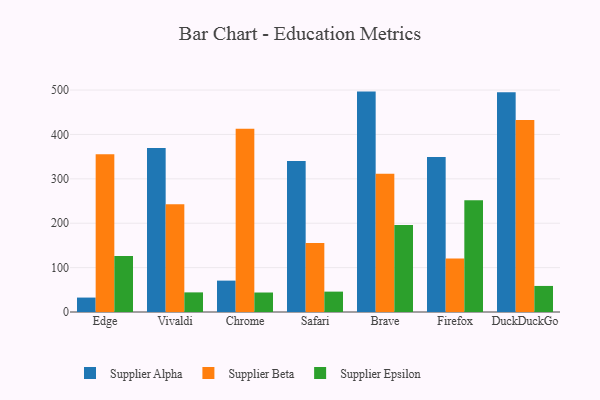
{"axis": {"x": "Browser", "y": "Production Output"}, "legend": ["Supplier Alpha", "Supplier Beta", "Supplier Epsilon"], "data": [{"x": "Edge", "y": 32.5, "type": "Supplier Alpha"}, {"x": "Edge", "y": 355.3, "type": "Supplier Beta"}, {"x": "Edge", "y": 125.9, "type": "Supplier Epsilon"}, {"x": "Vivaldi", "y": 369.3, "type": "Supplier Alpha"}, {"x": "Vivaldi", "y": 242.6, "type": "Supplier Beta"}, {"x": "Vivaldi", "y": 44.2, "type": "Supplier Epsilon"}, {"x": "Chrome", "y": 70.7, "type": "Supplier Alpha"}, {"x": "Chrome", "y": 412.9, "type": "Supplier Beta"}, {"x": "Chrome", "y": 43.9, "type": "Supplier Epsilon"}, {"x": "Safari", "y": 340.2, "type": "Supplier Alpha"}, {"x": "Safari", "y": 155.2, "type": "Supplier Beta"}, {"x": "Safari", "y": 45.9, "type": "Supplier Epsilon"}, {"x": "Brave", "y": 496.5, "type": "Supplier Alpha"}, {"x": "Brave", "y": 311.6, "type": "Supplier Beta"}, {"x": "Brave", "y": 196.0, "type": "Supplier Epsilon"}, {"x": "Firefox", "y": 349.3, "type": "Supplier Alpha"}, {"x": "Firefox", "y": 120.8, "type": "Supplier Beta"}, {"x": "Firefox", "y": 251.6, "type": "Supplier Epsilon"}, {"x": "DuckDuckGo", "y": 495.0, "type": "Supplier Alpha"}, {"x": "DuckDuckGo", "y": 432.4, "type": "Supplier Beta"}, {"x": "DuckDuckGo", "y": 58.7, "type": "Supplier Epsilon"}]}